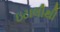
ઇટાલીથી